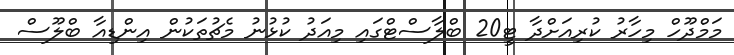
މަމްދޫހް މިހާރު ކުރިއަށްދާ ޓީ20 ބްލާސްޓްގައި މިއަދު ކުޅުނު މެޗުތަކުން އިންޑިއާ ބްލޫސް